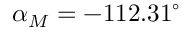
\alpha _ { M } = - 1 1 2 . 3 1 ^ { \circ }